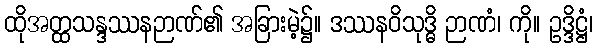
ထိုအတ္ထသန္ဒဿနဉာဏ်၏ အခြားမဲ့၌။ ဒဿနဝိသုဒ္ဓိ ဉာဏံ၊ ကို။ ဥဒ္ဒိဋ္ဌံ၊